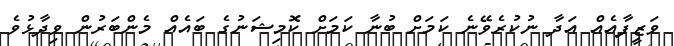
ވަޒީފާއެއް އަދާ ނުކުރެވޭނެ ކަމަށް ބުނާ ކަމަށް ކޮމިޝަނުގެ ބައެއް މެންބަރުން ވިދާޅުވެ